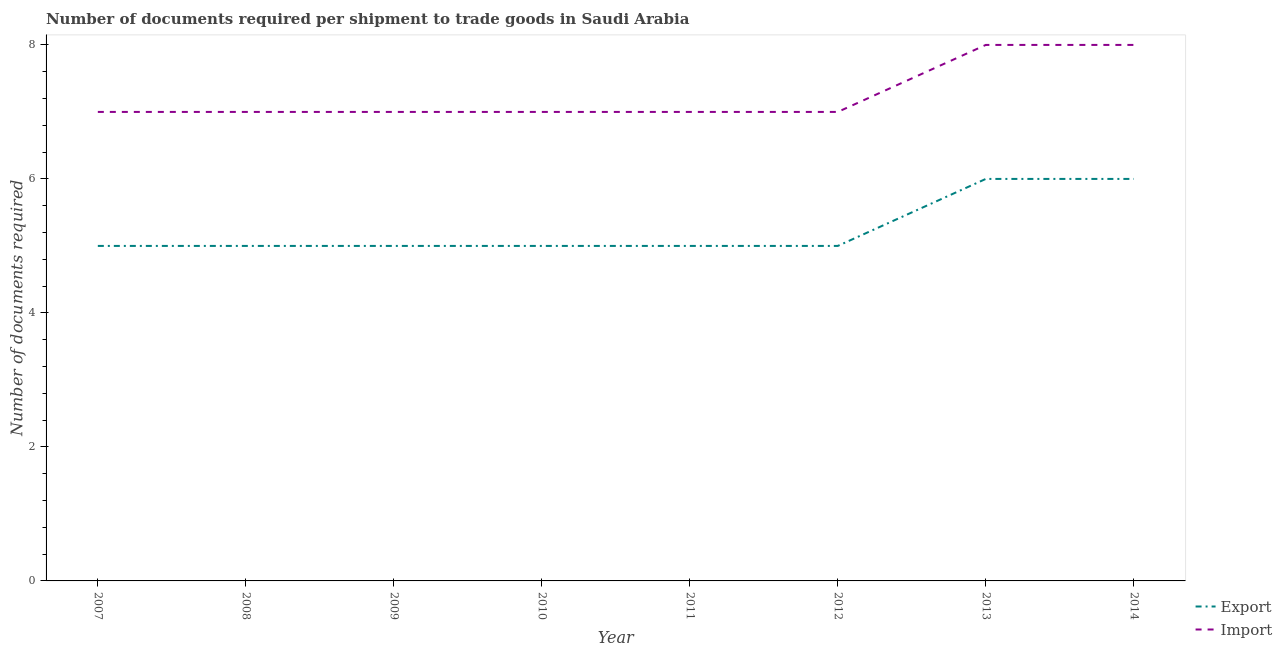
| Year | Export | Import |
 | --- | --- | --- |
 | 2007 | 5 | 7 |
 | 2008 | 5 | 7 |
 | 2009 | 5 | 7 |
 | 2010 | 5 | 7 |
 | 2011 | 5 | 7 |
 | 2012 | 5 | 7 |
 | 2013 | 6 | 8 |
 | 2014 | 6 | 8 |